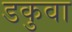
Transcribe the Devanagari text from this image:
डकुवा